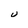
Character: U